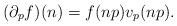
LaTeX: \begin{align*} (\partial_p f)(n) = f(np)v_p(np).\end{align*}